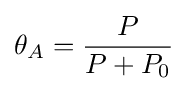
\theta _{A}={\frac {P}{P+P_{0}}}